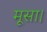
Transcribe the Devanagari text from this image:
मूसा।